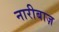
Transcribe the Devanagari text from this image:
नारीबाज़